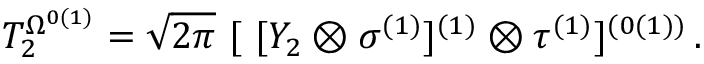
T _ { 2 } ^ { \Omega ^ { 0 ( 1 ) } } = \sqrt { 2 \pi } \ [ \ [ Y _ { 2 } \otimes \sigma ^ { ( 1 ) } ] ^ { ( 1 ) } \otimes \tau ^ { ( 1 ) } ] ^ { ( 0 ( 1 ) ) } \, .